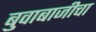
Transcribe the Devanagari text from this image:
बुवाबाजीचा